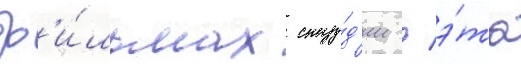
ф'и́льмах сту́д'ии / э́та